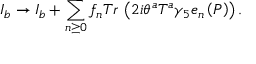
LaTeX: I _ { b } \rightarrow I _ { b } + \sum _ { n \geq 0 } f _ { n } T r \, \left( 2 i \theta ^ { a } T ^ { a } \gamma _ { 5 } e _ { n } \left( P \right) \right) .